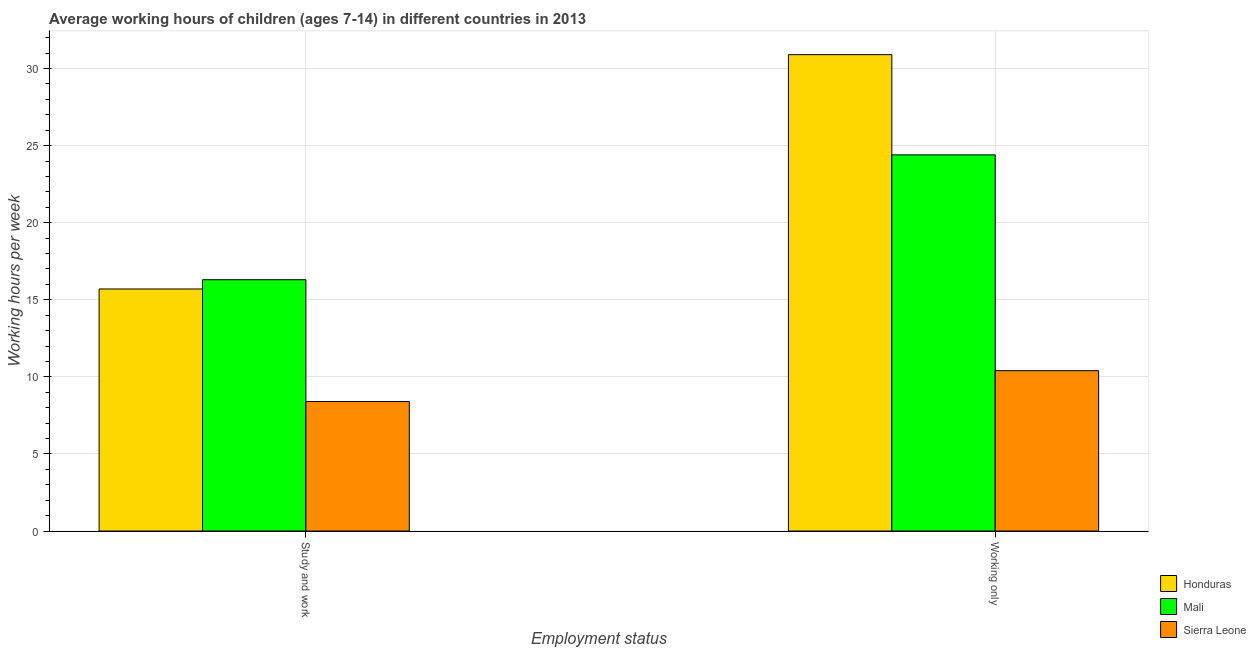
| Employment status | Honduras | Mali | Sierra Leone |
 | --- | --- | --- | --- |
 | Study and work | 15.7 | 16.3 | 8.4 |
 | Working only | 30.9 | 24.4 | 10.4 |